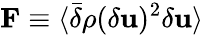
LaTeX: {\mathbf F}\equiv\langle\bar{\delta}\rho(\delta{\mathbf u})^{2}\delta{\mathbf u}\rangle